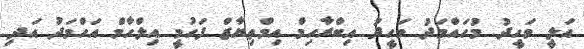
އަލީ ވަހީދު މުހައްމަދު ވަހީދު އިބްރާހިމް އިމްތިޔާޒް ފަހުމީ އިލްހާމް އަހްމަދު އަދި